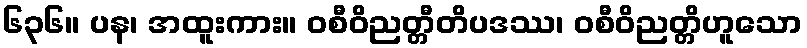
၆၃၆။ ပန၊ အထူးကား။ ဝစီဝိညတ္တီတိပဒဿ၊ ဝစီဝိညတ္တိဟူသော